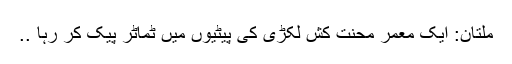
ملتان: ایک معمر محنت کش لکڑی کی پیٹیوں میں ٹماٹر پیک کر رہا ..